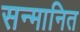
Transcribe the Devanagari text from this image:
सन्‍मानित